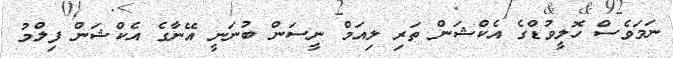
ނަމަވެސް ހޮލީވުޑްގެ އެކްޝަން ތަރި ލިއަމް ނީސަން ބުނަނީ އޭނާގެ އެކްޝަން ފިލްމު